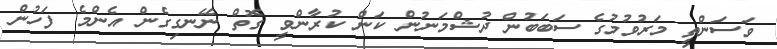
ވަސަންތީ މަރުވުމުގެ ސަބަބުން ދުޝްމަނުން ކަން ކުރާންވީ ގޮތް ނޭނގިގެން އެންމެ ފަހުން